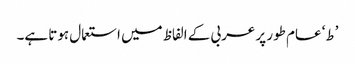
’ط‘ عام طور پر عربی کے الفاظ میں استعمال ہوتا ہے۔